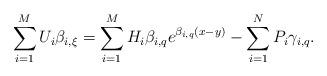
LaTeX: \begin{align*}\sum_{i=1}^{M}U_i\beta_{i,\xi}=\sum_{i=1}^{M}H_i\beta_{i,q}e^{\beta_{i,q}(x-y)}-\sum_{i=1}^{N}P_i\gamma_{i,q}.\end{align*}